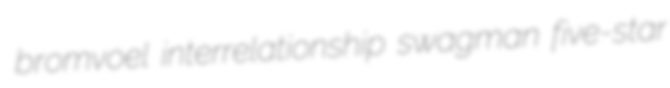
bromvoel interrelationship swagman five-star